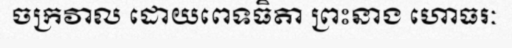
ចក្រវាល ដោយពេទធិតា ព្រះនាង ហោធរៈ